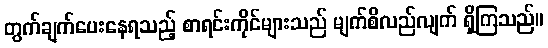
တွက်ချက်ပေးနေရသည့် စာရင်းကိုင်များသည် မျက်စိလည်လျက် ရှိကြသည်။